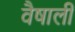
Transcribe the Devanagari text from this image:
वैषाली